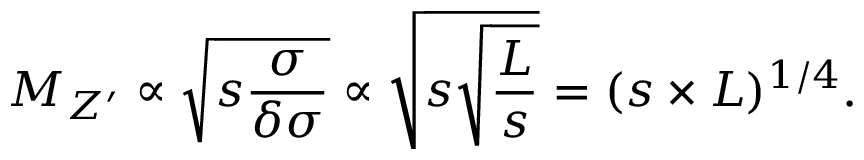
M _ { Z ^ { \prime } } \propto \sqrt { s \frac { { \sigma } } { \delta { \sigma } } } \propto \sqrt { s \sqrt { \frac { { \cal { L } } } { s } } } = ( s \times { \cal { L } } ) ^ { 1 / 4 } .